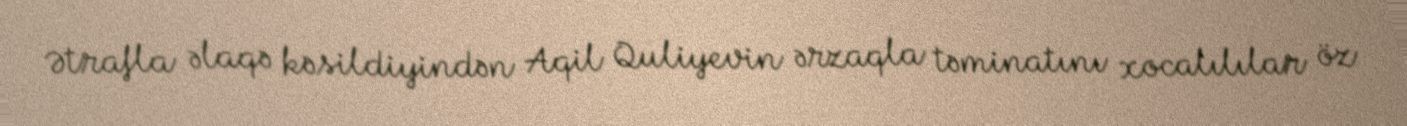
Ətrafla əlaqə kəsildiyindən Aqil Quliyevin ərzaqla təminatını xocalılılar öz